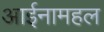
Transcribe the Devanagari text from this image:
आईनामहल